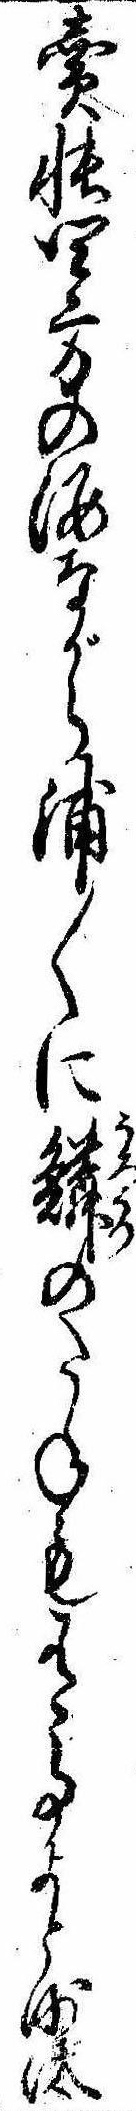
売帳四方の海ながら浦〱に鱗のたねも有事よと沙汰